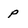
Character: P